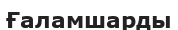
Ғаламшарды